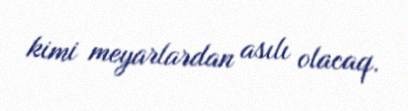
kimi meyarlardan asılı olacaq.